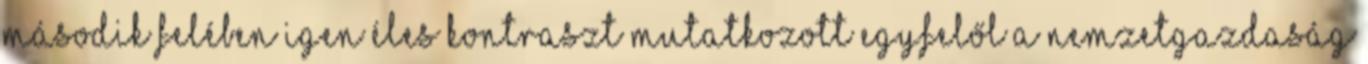
második felében igen éles kontraszt mutatkozott egyfelől a nemzetgazdaság